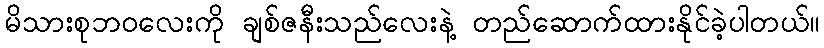
မိသားစုဘဝလေးကို ချစ်ဇနီးသည်လေးနဲ့ တည်ဆောက်ထားနိုင်ခဲ့ပါတယ်။